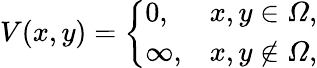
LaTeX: V(x,y)=\left\{ \begin{array}{ll}{0,}&{x,y\in\varOmega,}\\ {\infty,}&{x,y\notin\varOmega,}\end{array}\right.